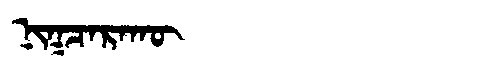
Manchu: ᠨᡳᡴᠴᠠᡵᠠᡴᡡ
Romanization: NIKCARAKŪ